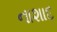
નાશાદ